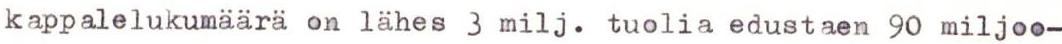
kappalelukumäärä on lähes 3 milj. tuolia edustaen 90 miljoo-